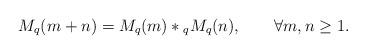
LaTeX: \begin{align*}M_q(m+n)=M_q(m)*{}_q M_q(n),\qquad\forall m,n\ge 1.\end{align*}